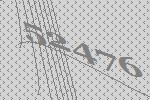
52476